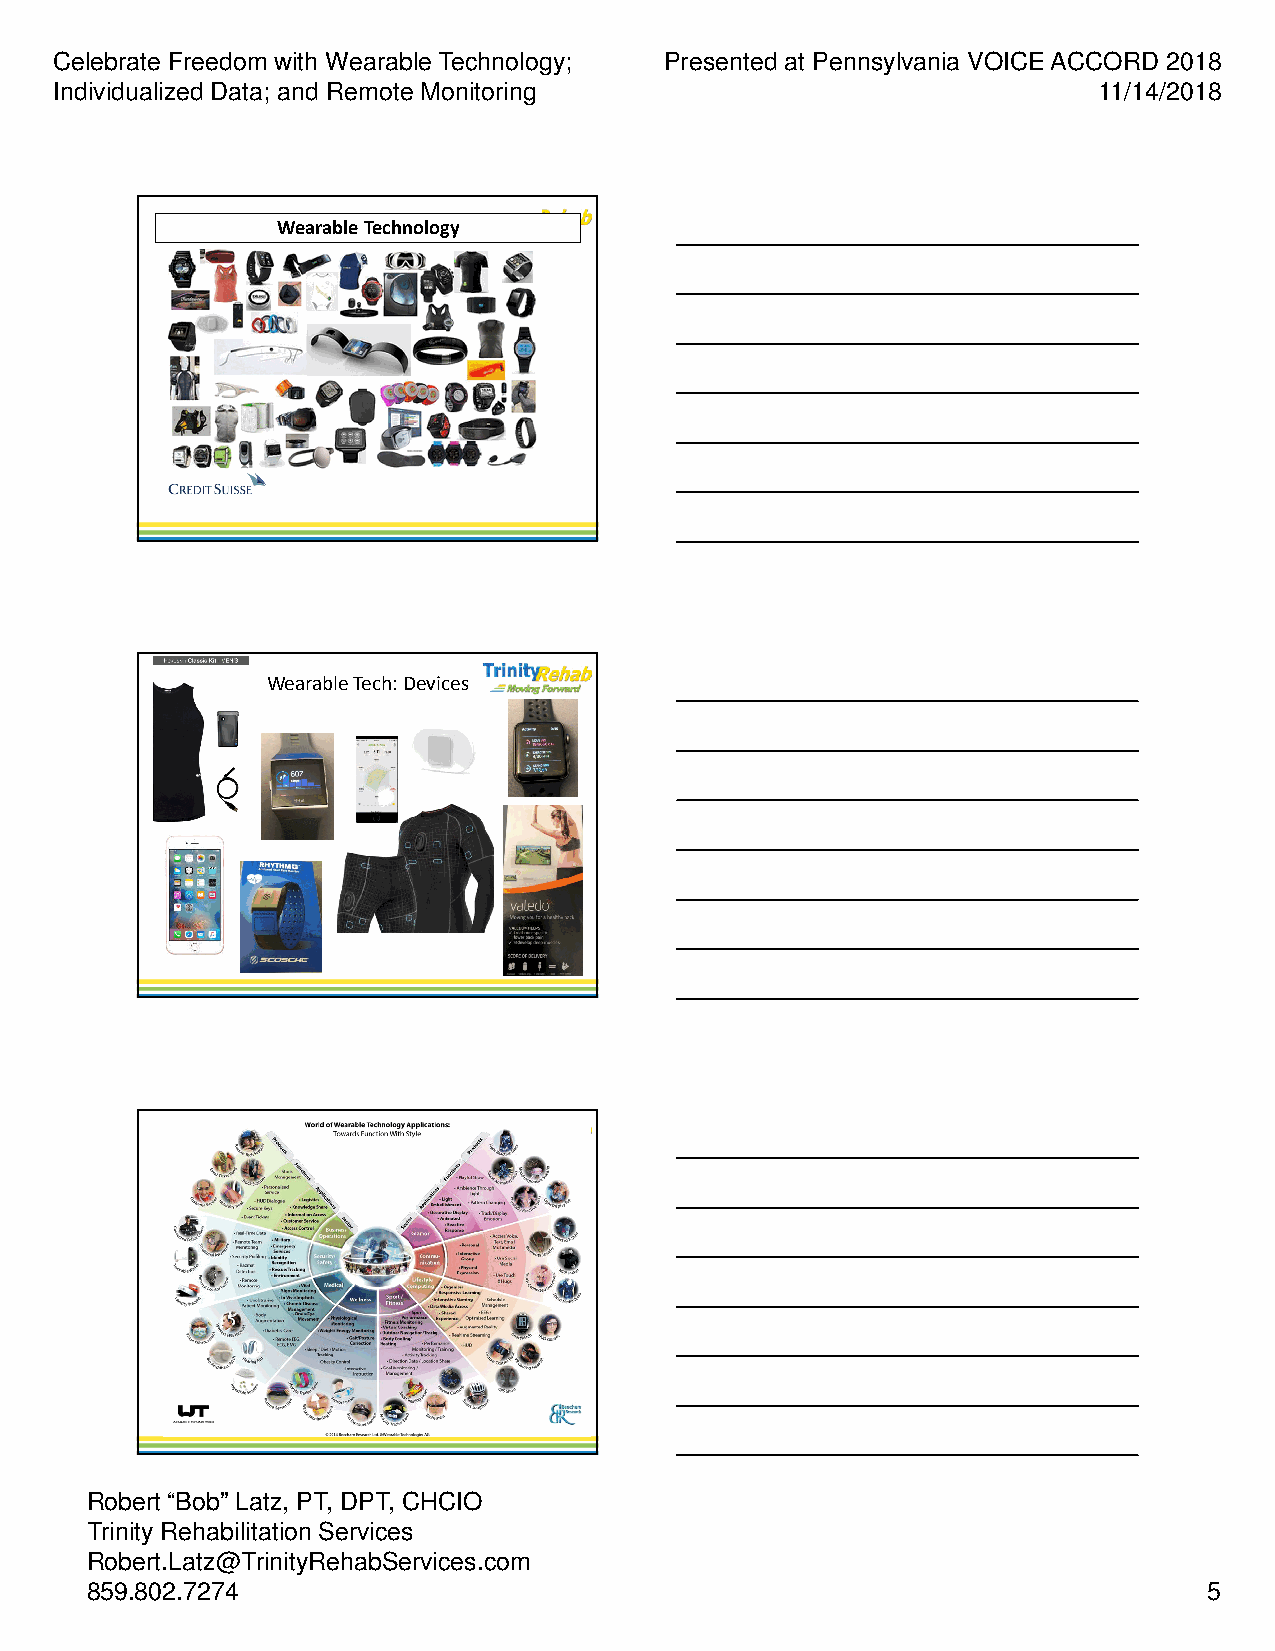
Celebrate Freedom with Wearable Technology; Presented at Pennsylvania VOICE ACCORD 2018
 Individualized Data; and Remote Monitoring                           11/14/2018
 Wearable Technology
 Wearable Tech: Devices
 Robert “Bob” Latz, PT, DPT, CHCIO
 Trinity Rehabilitation Services
 Robert.Latz@TrinityRehabServices.com
 859.802.7274                                                              5